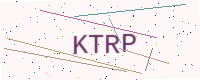
Text: KTRP